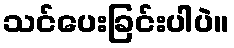
သင်ပေးခြင်းပါပဲ။